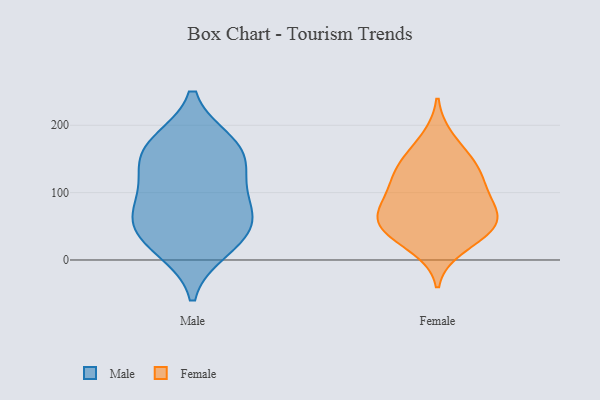
{"axis": {"x": "Population (Million)", "y": "Value"}, "legend": ["Female", "Male"], "data": [{"x": "", "y": 125, "type": "Male"}, {"x": "", "y": 68, "type": "Male"}, {"x": "", "y": 80, "type": "Male"}, {"x": "", "y": 28, "type": "Male"}, {"x": "", "y": 69, "type": "Male"}, {"x": "", "y": 171, "type": "Male"}, {"x": "", "y": 16, "type": "Male"}, {"x": "", "y": 161, "type": "Male"}, {"x": "", "y": 131, "type": "Male"}, {"x": "", "y": 43, "type": "Male"}, {"x": "", "y": 174, "type": "Male"}, {"x": "", "y": 39, "type": "Female"}, {"x": "", "y": 87, "type": "Female"}, {"x": "", "y": 42, "type": "Female"}, {"x": "", "y": 57, "type": "Female"}, {"x": "", "y": 60, "type": "Female"}, {"x": "", "y": 75, "type": "Female"}, {"x": "", "y": 116, "type": "Female"}, {"x": "", "y": 146, "type": "Female"}, {"x": "", "y": 99, "type": "Female"}, {"x": "", "y": 129, "type": "Female"}, {"x": "", "y": 180, "type": "Female"}, {"x": "", "y": 19, "type": "Female"}, {"x": "", "y": 57, "type": "Female"}, {"x": "", "y": 142, "type": "Female"}]}